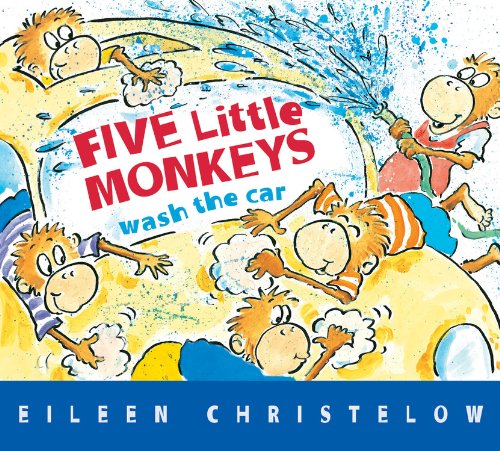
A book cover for Five Little Monkeys Wash the Car (A Five Little Monkeys Story); Eileen Christelow; Children's Books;